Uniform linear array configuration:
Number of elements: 24
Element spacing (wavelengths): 1
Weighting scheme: blackman
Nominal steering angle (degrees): -60
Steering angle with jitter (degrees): -61.131
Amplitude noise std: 0.05
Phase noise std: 0.05

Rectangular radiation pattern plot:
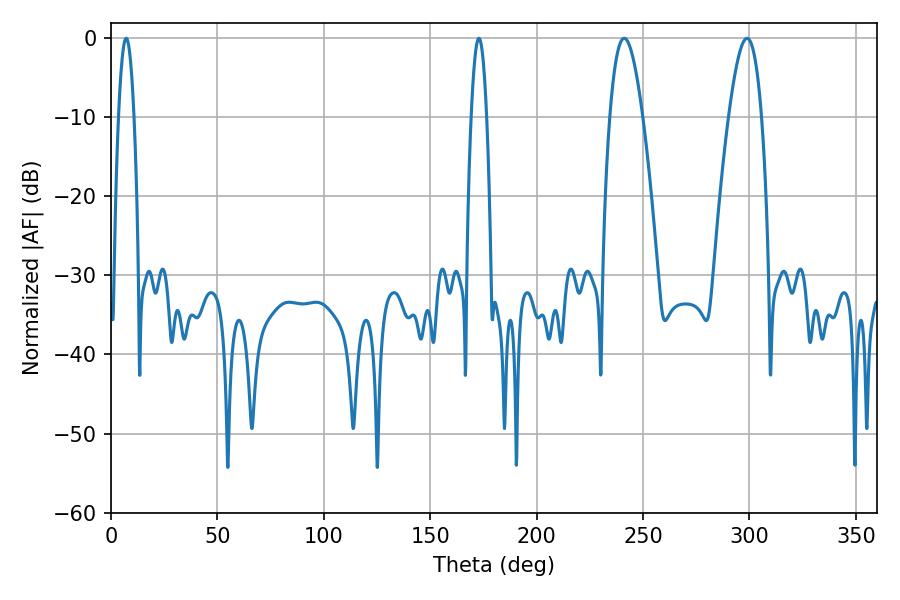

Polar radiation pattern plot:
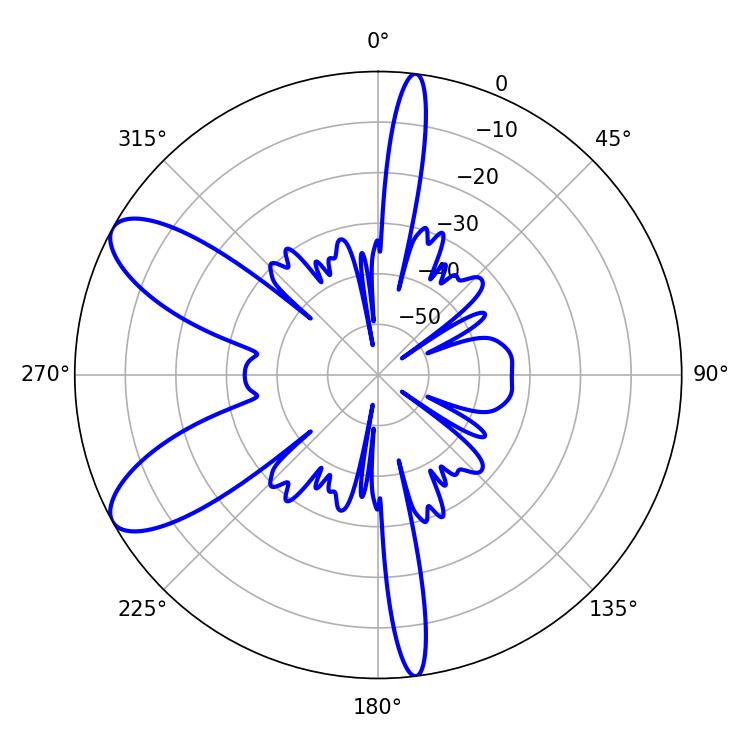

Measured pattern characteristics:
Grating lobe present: TRUE
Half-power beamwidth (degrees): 8.46
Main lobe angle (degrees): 298.8